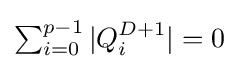
{\textstyle \sum _{i=0}^{p-1}|Q_{i}^{D+1}|=0}